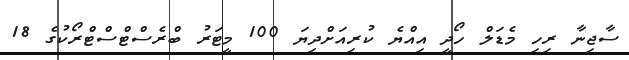
ސާޖިނާ ރިހި މެޑަލް ހޯދީ އިއްޔެ ކުރިއަށްދިޔަ 100 މީޓަރު ބްރެސްޓްސްޓްރޯކުގެ 18